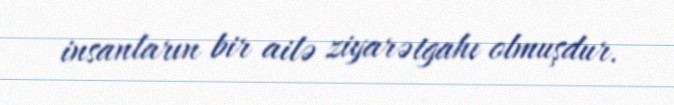
insanların bir ailə ziyarətgahı olmuşdur.